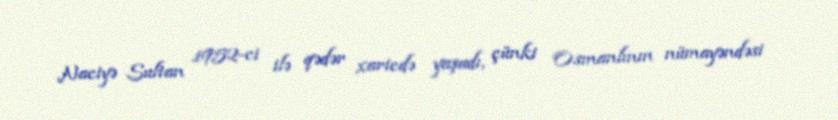
Naciyə Sultan 1952-ci ilə qədər xaricdə yaşadı, çünki Osmanlının nümayəndəsi